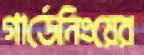
গার্ডেনিংয়ের